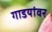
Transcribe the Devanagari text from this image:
गाडयांवर